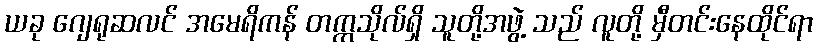
ယခု ဂျေရုဆလင် အမေရိကန် တက္ကသိုလ်ရှိ သူတို့အဖွဲ့ သည် လူတို့ မှီတင်းနေထိုင်ရာ